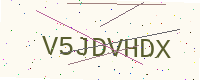
Text: V5JDVHDX